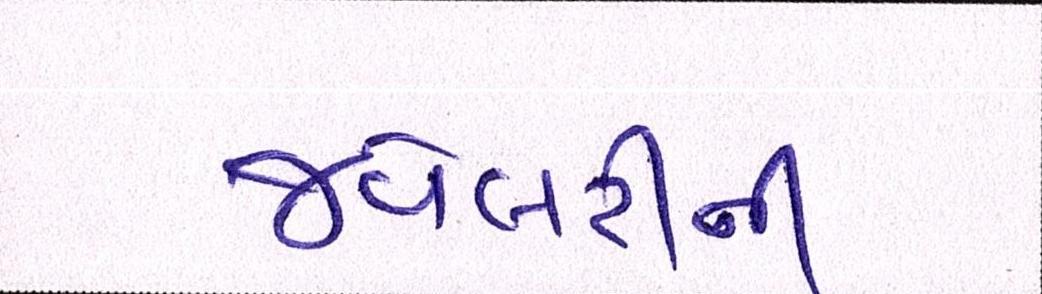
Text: જ્વેલરીની